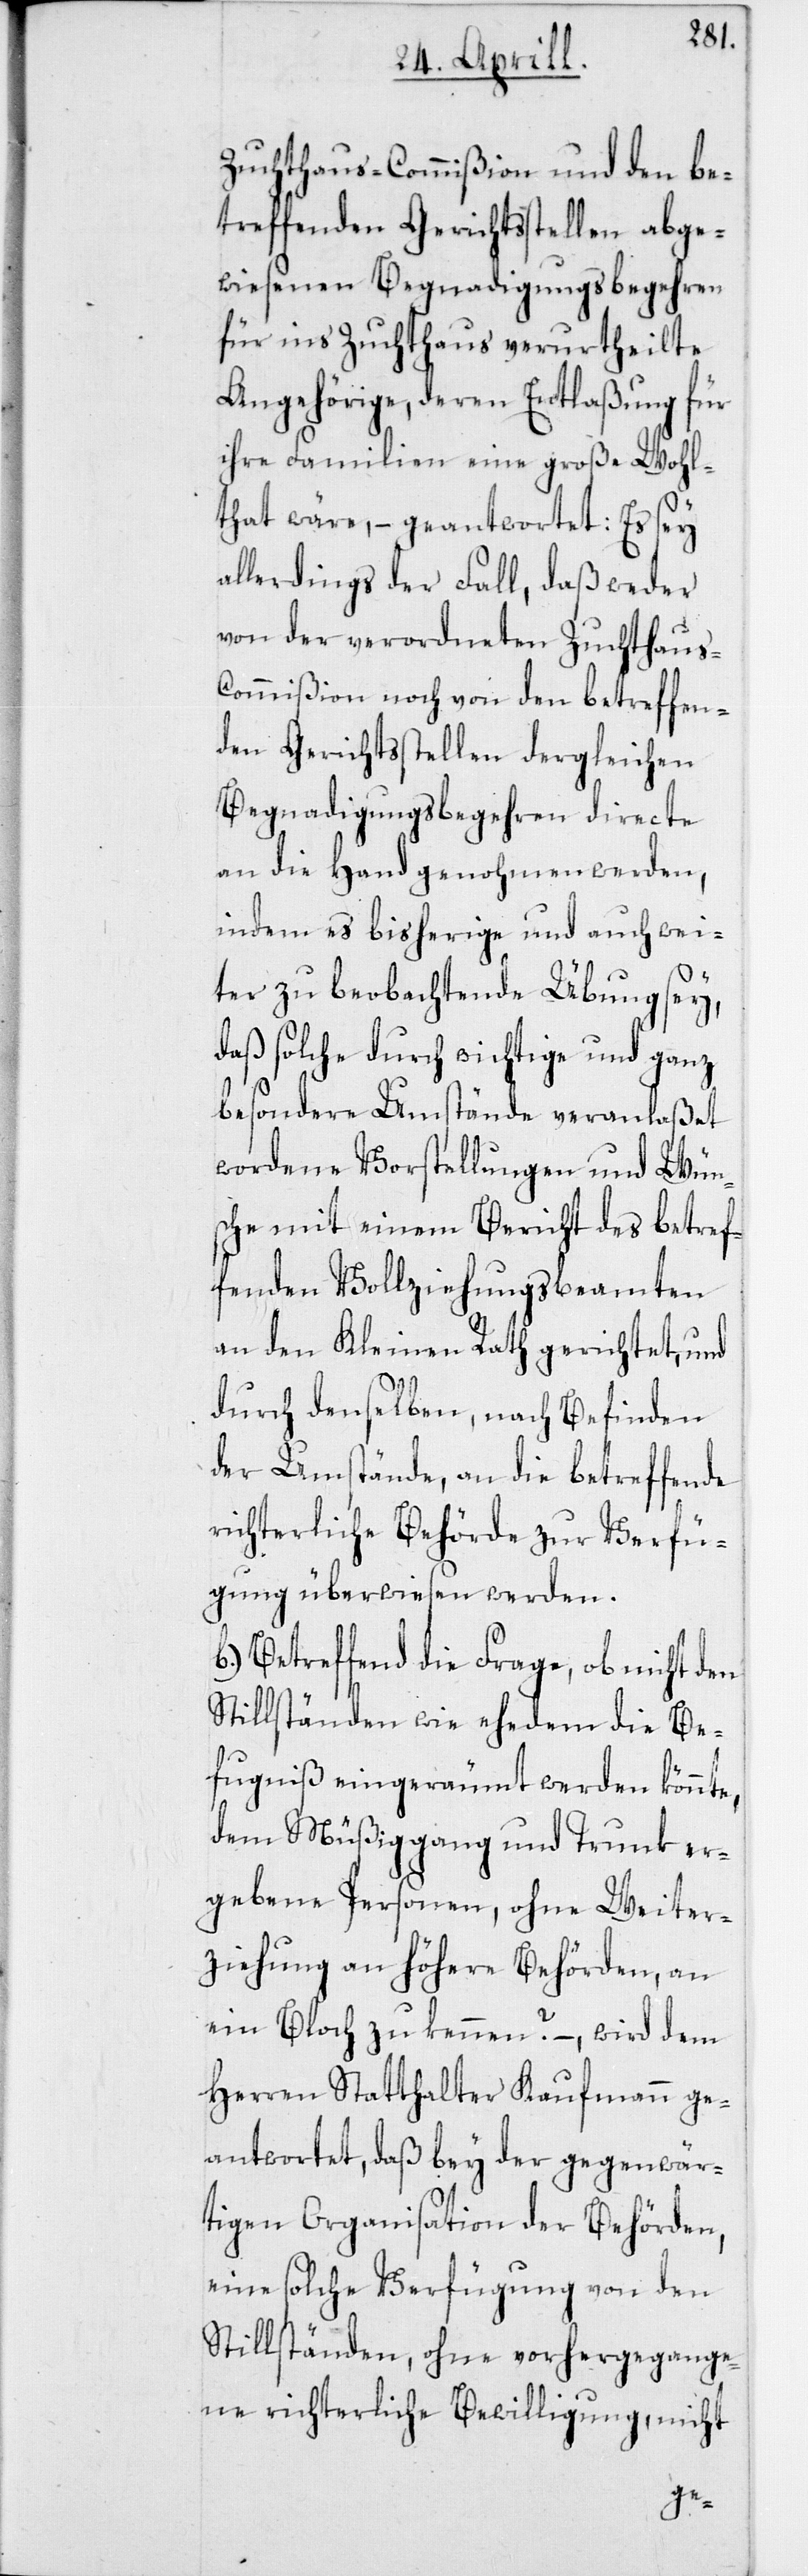
Zuchthaus-Commißion und den be¬
treffenden Gerichtsstellen abge¬
wiesenen Begnadigungsbegehren
für in’s Zuchthaus verurtheilte
Angehörige, deren Entlaßung für
ihre Familien eine große Wohl¬
that wäre, – geantwortet: Es sey
allerdings der Fall, daß weder
von der verordneten Zuchthaus-C¬
ommißion noch von den betreffen¬
den Gerichtsstellen dergleichen
Begnadigungsbegehren directe
an die Hand genohmen werden,
indem es bisherige und auch wei¬
ter zu beobachtende Übung sey,
daß solche durch wichtige und ganz
besondere Umstände veranlaßet
wordene Vorstellungen und Wün¬
sche mit einem Bericht des betref¬
fenden Vollziehungsbeamten
an den Kleinen Rath gerichtet, und
durch denselben, nach Befinden
der Umstände, an die betreffende
richterliche Behörde zur Verfü¬
gung überwiesen werden.
b) Betreffend die Frage, ob nicht den
Stillständen wie ehedem die Be¬
fugniß eingeräumt werden könnte,
dem Müßiggang und Trunk er¬
gebene Personen, ohne Weiter¬
ziehung an höhere Behörden, an
ein Bloch zu kennen? – wird dem
Herren Statthalter Kaufmann ge¬
antwortet, daß bey der gegenwär¬
tigen Organisation der Behörden,
eine solche Verfügung von den
Stillständen, ohne vorhergegange¬
ne richterliche Bewilligung, nicht